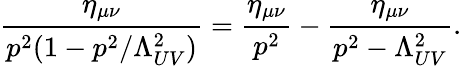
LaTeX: \frac{\eta_{\mu\nu}}{p^{2}(1-p^{2}/\Lambda_{UV}^{2})}=\frac{\eta_{\mu\nu}}{p^{2}}-\frac{\eta_{\mu\nu}}{p^{2}-\Lambda_{UV}^{2}}.